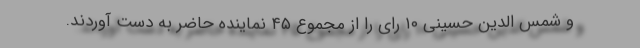
و شمس الدین حسینی ۱۰ رای را از مجموع ۴۵ نماینده حاضر به دست آوردند.